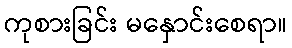
ကုစားခြင်း မနှောင်းစေရာ။